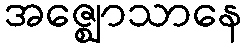
အဇ္ဈောသာနေ